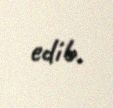
edib.